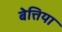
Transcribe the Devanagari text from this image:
बेत्तिया